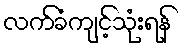
လက်ခံကျင့်သုံးရန်